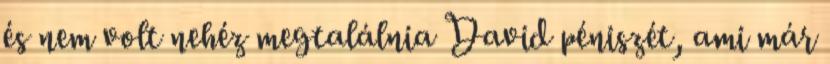
és nem volt nehéz megtalálnia David péniszét, ami már